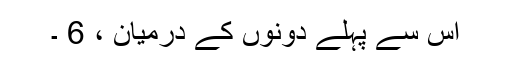
اس سے پہلے دونوں کے درمیان ، 6 ۔